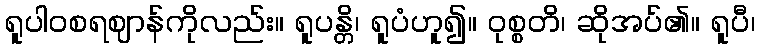
ရူပါဝစရဈာန်ကိုလည်း။ ရူပန္တိ၊ ရူပံဟူ၍။ ဝုစ္စတိ၊ ဆိုအပ်၏။ ရူပီ၊